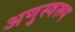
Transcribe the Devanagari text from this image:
अणुस्वरूप